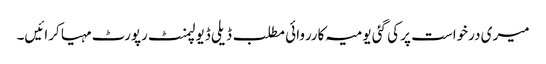
میری درخواست پر کی گئی یومیہ کارروائی مطلب ڈیلی ڈیولپمنٹ رپورٹ مہیا کرائیں۔